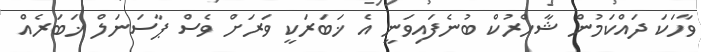
ވާހަކަ ދައްކަމުން ޝާހްރުކް ބުނެފައިވަނީ އެ ޚަބަރަކީ ވަރަށް ވެސް ޕާސަނަލް ޚަބަރެއް